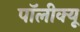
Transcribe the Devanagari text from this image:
पॉलीक्यू